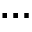
\ldots